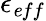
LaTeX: \epsilon_{\mathit eff}